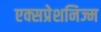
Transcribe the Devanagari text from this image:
एक्सप्रेशनिज्म